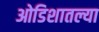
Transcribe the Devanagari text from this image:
ओडिशातल्या